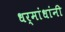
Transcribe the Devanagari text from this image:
धर्मांधांनी